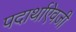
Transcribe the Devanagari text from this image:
पदार्थाऐवजी